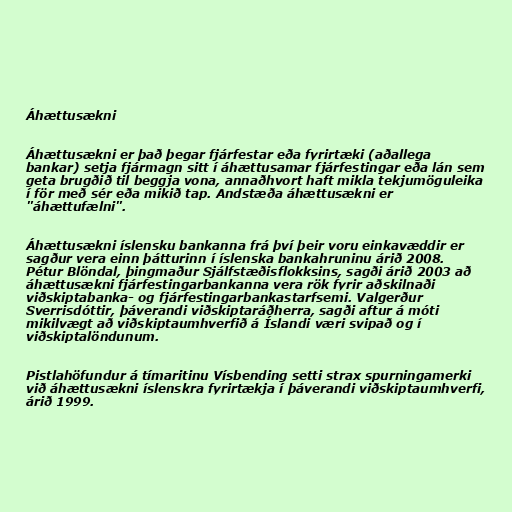
Áhættusækni

Áhættusækni er það þegar fjárfestar eða fyrirtæki (aðallega
bankar) setja fjármagn sitt í áhættusamar fjárfestingar eða lán sem
geta brugðið til beggja vona, annaðhvort haft mikla tekjumöguleika
í för með sér eða mikið tap. Andstæða áhættusækni er
"áhættufælni".

Áhættusækni íslensku bankanna frá því þeir voru einkavæddir er
sagður vera einn þátturinn í íslenska bankahruninu árið 2008.
Pétur Blöndal, þingmaður Sjálfstæðisflokksins, sagði árið 2003 að
áhættusækni fjárfestingarbankanna vera rök fyrir aðskilnaði
viðskiptabanka- og fjárfestingarbankastarfsemi. Valgerður
Sverrisdóttir, þáverandi viðskiptaráðherra, sagði aftur á móti
mikilvægt að viðskiptaumhverfið á Íslandi væri svipað og í
viðskiptalöndunum.

Pistlahöfundur á tímaritinu Vísbending setti strax spurningamerki
við áhættusækni íslenskra fyrirtækja í þáverandi viðskiptaumhverfi,
árið 1999.